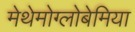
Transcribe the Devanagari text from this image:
मेथेमोग्लोबेमिया